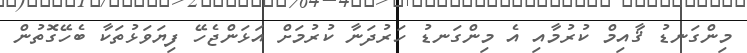
މިންގަނޑު ޤާއިމް ކުރުމާއި އެ މިންގަނޑު ހަރުދަނާ ކުރުމަށް އަޅަންޖެހޭ ފިޔަވަޅުތަކާ ބެހޭގޮތުން